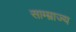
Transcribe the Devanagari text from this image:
साम्म्राज्य